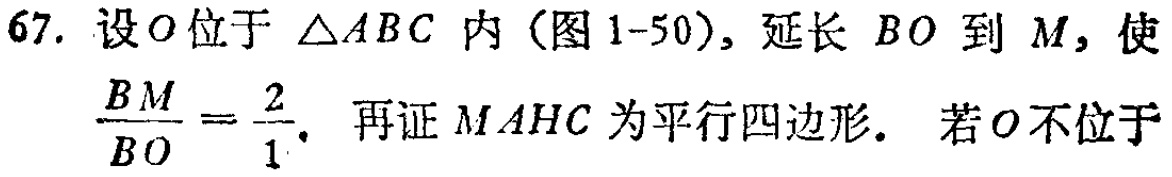
67. 设\(O\)位于\(\triangle ABC\)内（图1-50），延长 \(BO\) 到 \(M\)，使\(\frac{BM}{BO}=\frac{2}{1}\)，再证 \(MAHC\) 为平行四边形. 若\(O\)不位于